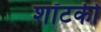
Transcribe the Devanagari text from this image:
शॉटकी